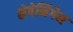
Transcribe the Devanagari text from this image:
शेवेनिंगेन